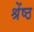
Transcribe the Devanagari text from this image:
श्रेंष्ठ